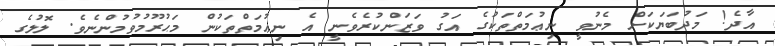
އާދެ! މަދުބަޔަކަށް މެނުވީ ނިޢުމަތްތަކުގެ އަގު ވަޒަންކުރެވެނީ އެ ނިޢުމަތްތަކުން މަޙުރޫމުވުމުންނެވެ. ލޮލުގެ